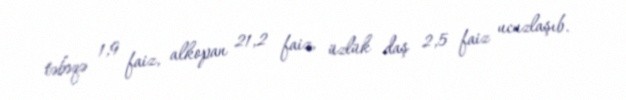
təbəqə 1,9 faiz, alkopan 21,2 faiz, üzlük daş 2,5 faiz ucuzlaşıb.